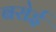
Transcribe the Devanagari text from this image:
बरोई